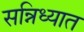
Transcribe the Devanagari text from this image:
सन्निध्यात